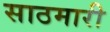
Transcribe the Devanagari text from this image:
साठमारी